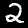
Label: 2